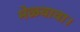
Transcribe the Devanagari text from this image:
मेळवावा।